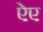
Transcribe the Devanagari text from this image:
ऐए